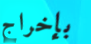
بإخراج